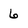
Character: 6